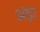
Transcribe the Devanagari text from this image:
अंड़ा